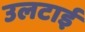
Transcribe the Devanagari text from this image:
उलटाई